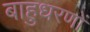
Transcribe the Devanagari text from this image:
बाहुधरणों